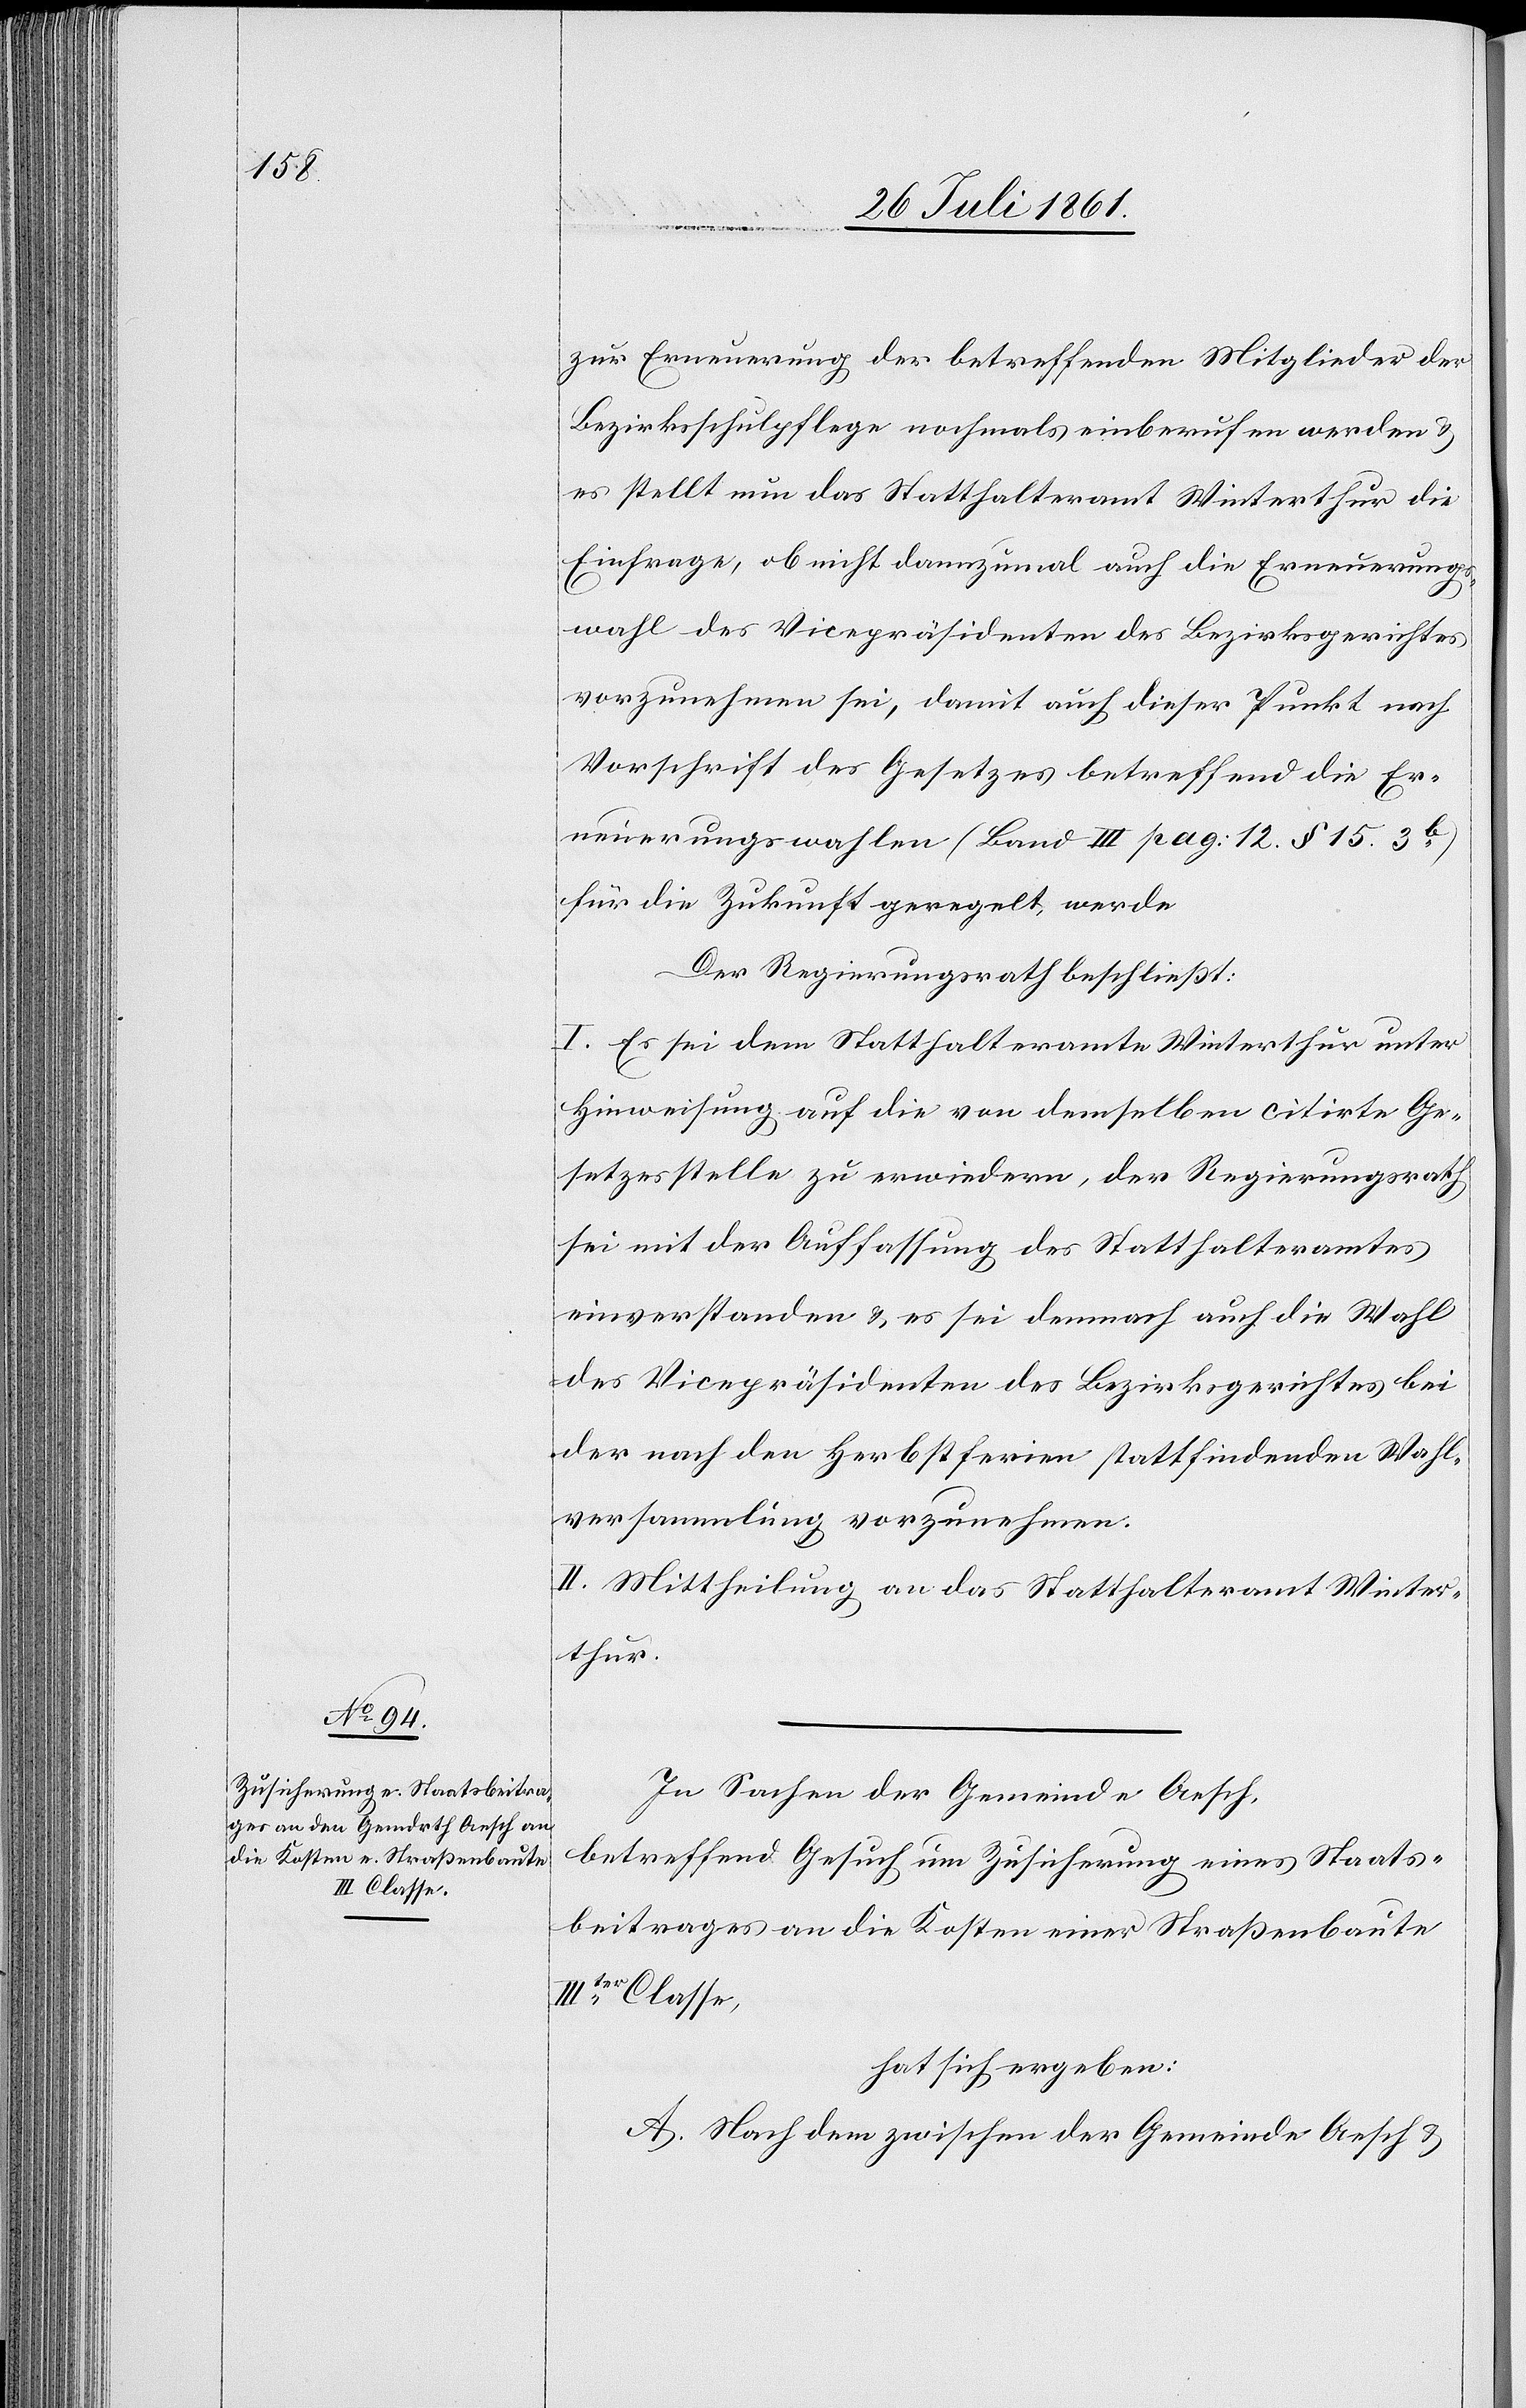
zur Erneuerung der betreffenden Mitglieder der
Bezirksschulpflege nochmals einberufen werden u.
es stellt nun das Statthalteramt Winterthur die
Einfrage, ob nicht dannzumal auch die Erneuerungs¬
wahl des Vicepräsidenten des Bezirksgerichtes
vorzunehmen sei, damit auch dieser Punkt nach
Vorschrift des Gesetzes betreffend die Er¬
neuerungswahlen (Band III pag: 12. § 15. 3b)
für die Zukunft geregelt werde.
Der Regierungsrath beschließt:
I. Es sei dem Statthalteramte Winterthur unter
Hinweisung auf die von demselben citirte Ge¬
setzesstelle zu erwiedern, der Regierungsrath
sei mit der Auffassung des Statthalteramtes
einverstanden u. es sei demnach auch die Wahl
des Vicepräsidenten des Bezirksgerichtes bei
der nach den Herbstferien stattfindenden Wahl¬
versammlung vorzunehmen.
II. Mittheilung an das Statthalteramt Winter¬
thur.
In Sachen der Gemeinde Aesch,
betreffend Gesuch um Zusicherung eines Staats¬
beitrages an die Kosten einer Straßenbaute
IIIter Classe,
hat sich ergeben:
A. Nach dem zwischen der Gemeinde Aesch u.